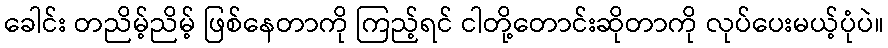
ခေါင်း တညိမ့်ညိမ့် ဖြစ်နေတာကို ကြည့်ရင် ငါတို့တောင်းဆိုတာကို လုပ်ပေးမယ့်ပုံပဲ။